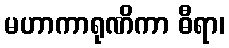
မဟာကာရုဏိကာ ဓီရာ၊